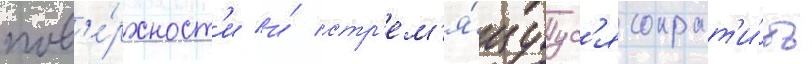
пов'е́рхност'и и́ стр'ем'я́щуус'я сократ'и́ть